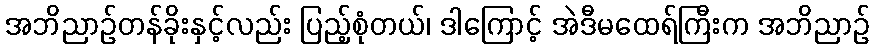
အဘိညာဉ်တန်ခိုးနှင့်လည်း ပြည့်စုံတယ်၊ ဒါကြောင့် အဲဒီမထေရ်ကြီးက အဘိညာဉ်